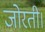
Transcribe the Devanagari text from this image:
जोरती।